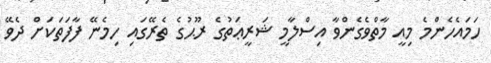
ހަމައެހެންމެ މިއީ މާތްވެގެންވާ އިސްލާމީ ޝަރީޢަތުގެ ރޫޙުގެ ތެރޭގައި ހިމެނޭ ފާފަތަކަށް ދެވޭ